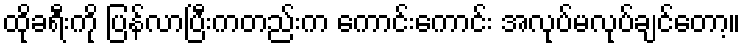
ထိုခရီးကို ပြန်လာပြီးကတည်းက ကောင်းကောင်း အလုပ်မလုပ်ချင်တော့။